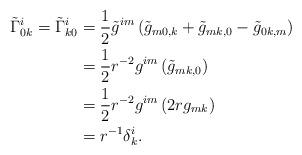
LaTeX: \begin{align*}\tilde{\Gamma}^i_{0k}=\tilde{\Gamma}^i_{k0}&=\frac12 \tilde{g}^{im}\left(\tilde{g}_{m0,k}+\tilde{g}_{mk,0}-\tilde{g}_{0k,m}\right)\\&=\frac12 r^{-2}g^{im}\left(\tilde{g}_{mk,0}\right)\\&=\frac12 r^{-2}g^{im}\left(2rg_{mk}\right)\\&=r^{-1}\delta^i_k.\end{align*}